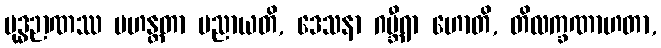
ဗုဒ္ဓဉာဏဿ မဟန္တတာ ပညာယတိ, ဒေသနာ ဂမ္ဘီရာ ဟောတိ, တိလက္ခဏာဟတာ,